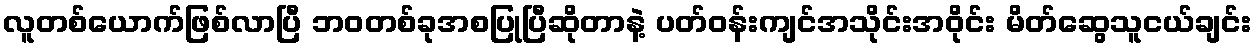
လူတစ်ယောက်ဖြစ်လာပြီ ဘဝတစ်ခုအစပြုပြီဆိုတာနဲ့ ပတ်ဝန်းကျင်အသိုင်းအဝိုင်း မိတ်ဆွေသူငယ်ချင်း